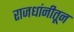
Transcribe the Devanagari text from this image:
राजधांनीतून